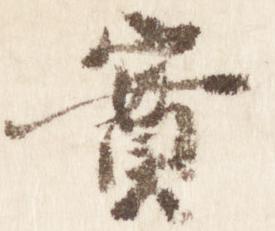
実